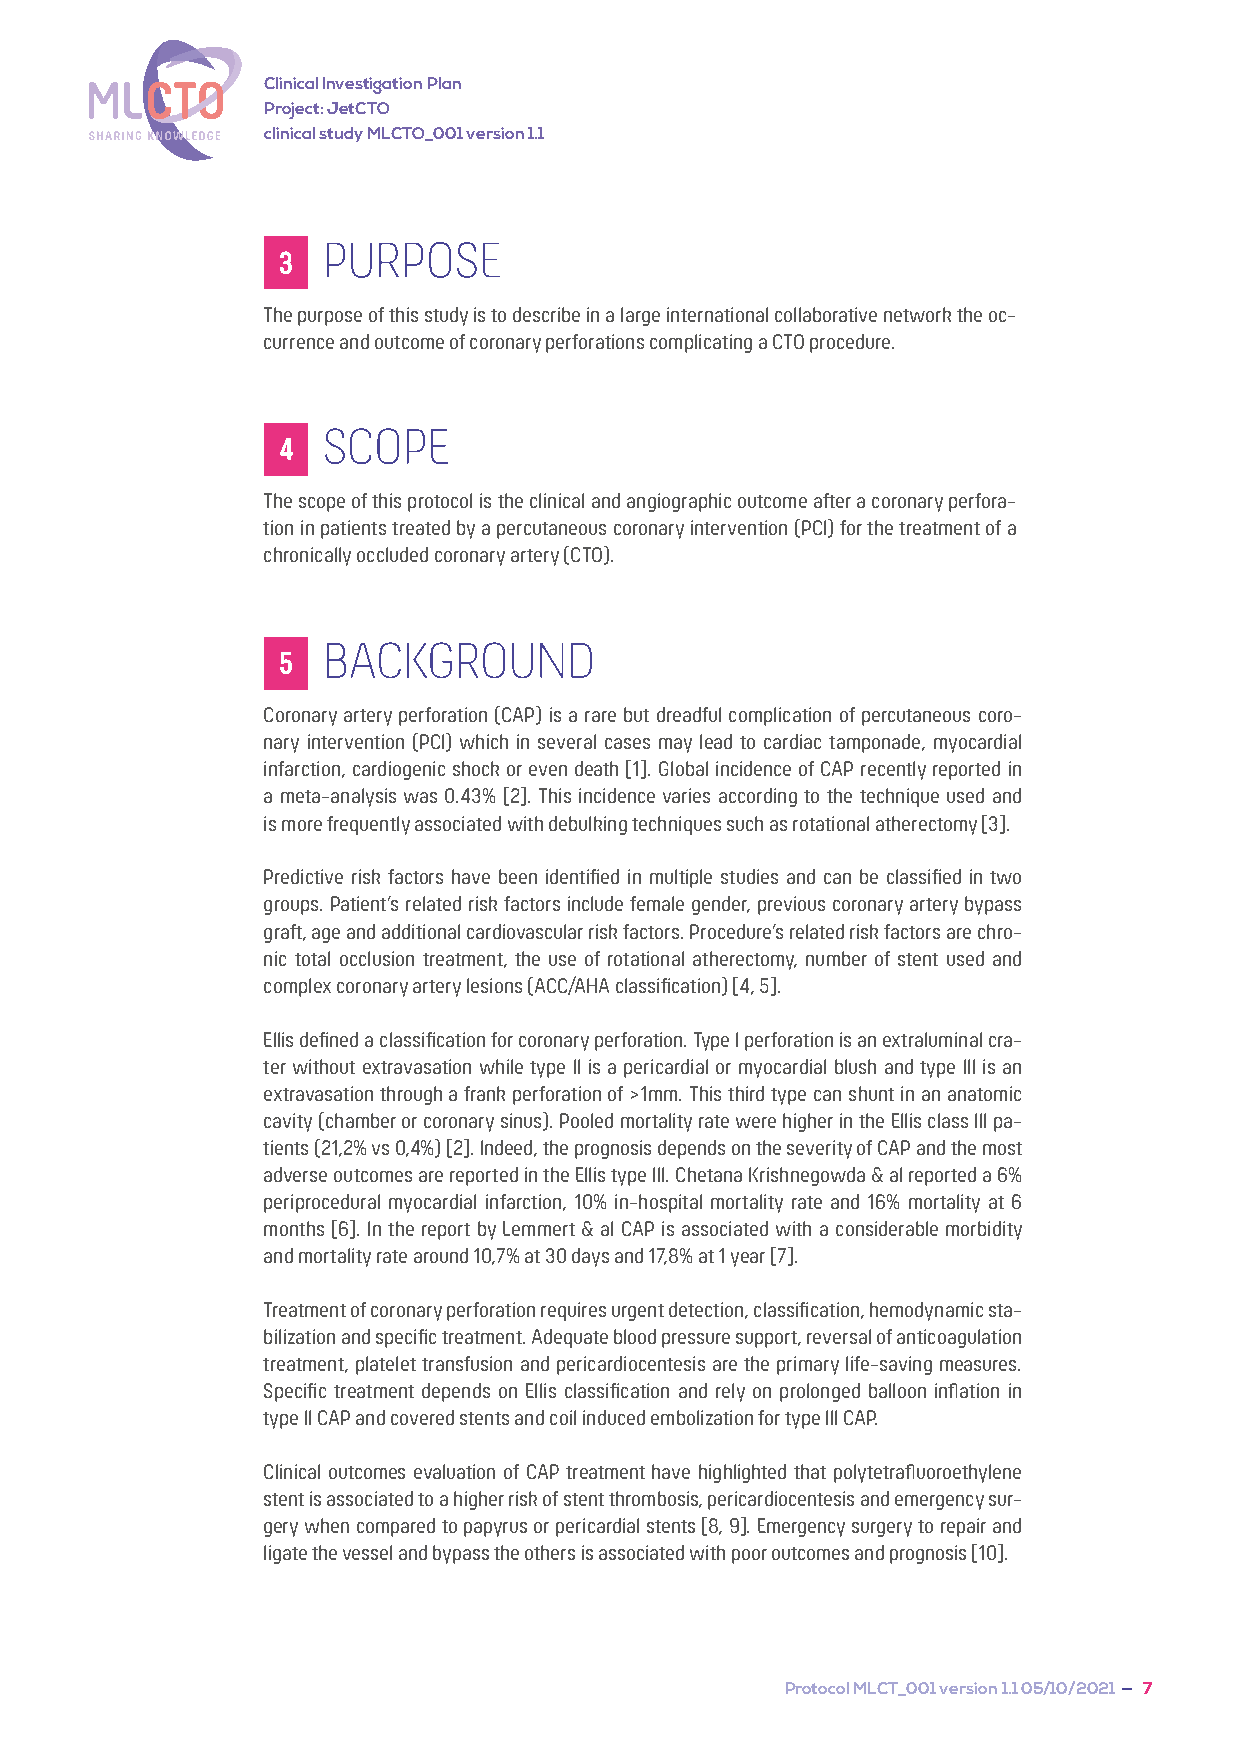
Clinical Investigation Plan
 Project: JetCTO
 clinical study MLCTO_001 version 1.1
 PURPOSE
 3
 The purpose of this study is to describe in a large international collaborative network the oc-
 currence and outcome of coronary perforations complicating a CTO procedure.
 SCOPE
 4
 The scope of this protocol is the clinical and angiographic outcome after a coronary perfora-
 tion in patients treated by a percutaneous coronary intervention (PCI) for the treatment of a
 chronically occluded coronary artery (CTO).
 BACKGROUND
 5
 Coronary artery perforation (CAP) is a rare but dreadful complication of percutaneous coro-
 nary intervention (PCI) which in several cases may lead to cardiac tamponade, myocardial
 infarction, cardiogenic shock or even death [1]. Global incidence of CAP recently reported in
 a meta-analysis was 0.43% [2]. This incidence varies according to the technique used and
 is more frequently associated with debulking techniques such as rotational atherectomy [3].
 Predictive risk factors have been identified in multiple studies and can be classified in two
 groups. Patient’s related risk factors include female gender, previous coronary artery bypass
 graft, age and additional cardiovascular risk factors. Procedure’s related risk factors are chro-
 nic total occlusion treatment, the use of rotational atherectomy, number of stent used and
 complex coronary artery lesions (ACC/AHA classification) [4, 5].
 Ellis defined a classification for coronary perforation. Type I perforation is an extraluminal cra-
 ter without extravasation while type II is a pericardial or myocardial blush and type III is an
 extravasation through a frank perforation of >1mm. This third type can shunt in an anatomic
 cavity (chamber or coronary sinus). Pooled mortality rate were higher in the Ellis class III pa-
 tients (21,2% vs 0,4%) [2]. Indeed, the prognosis depends on the severity of CAP and the most
 adverse outcomes are reported in the Ellis type III. Chetana Krishnegowda & al reported a 6%
 periprocedural myocardial infarction, 10% in-hospital mortality rate and 16% mortality at 6
 months [6]. In the report by Lemmert & al CAP is associated with a considerable morbidity
 and mortality rate around 10,7% at 30 days and 17,8% at 1 year [7].
 Treatment of coronary perforation requires urgent detection, classification, hemodynamic sta-
 bilization and specific treatment. Adequate blood pressure support, reversal of anticoagulation
 treatment, platelet transfusion and pericardiocentesis are the primary life-saving measures.
 Specific treatment depends on Ellis classification and rely on prolonged balloon inflation in
 type II CAP and covered stents and coil induced embolization for type III CAP.
 Clinical outcomes evaluation of CAP treatment have highlighted that polytetrafluoroethylene
 stent is associated to a higher risk of stent thrombosis, pericardiocentesis and emergency sur-
 gery when compared to papyrus or pericardial stents [8, 9]. Emergency surgery to repair and
 ligate the vessel and bypass the others is associated with poor outcomes and prognosis [10].
 Protocol MLCT_001 version 1.1 05/10/2021 — 7